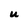
Character: U